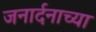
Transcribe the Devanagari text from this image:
जनार्दनाच्या